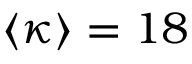
\langle \kappa \rangle = 1 8